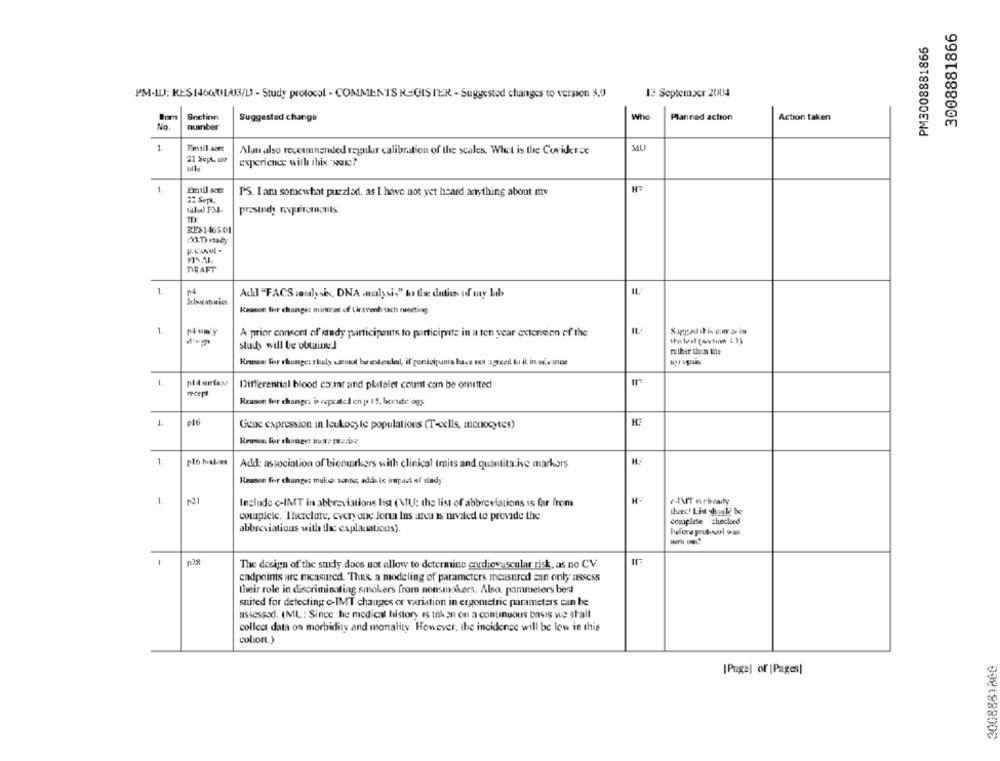
3008881866
PM3008881866
13 September 2004
PM-ILJ: RES146001/03/D - Study protocol - COMMENTS REGISTER - Suggested changes to version 3,0
Snctinn
Who
Suggested change
Planned action
Action taken
No.
number
1
Fmsif aset
Alan also receunended regular calibration of the scales. What is the Covidrac
MU
21 Sept, wo
uille
experience will this "som?
1
H
22 Sept,
PS. I am somewhat puezlad. as I have not yet heard anything about my
prstudy requirements
RES146501
03.D) stacy
DRAFT
IL.
1.
Adil "FACS saulysis, DNA alysis" by the duties of my Lab
Reason for change: minces of Cinavonbuch meeting
1.
Num'y
A prior consent of study participants to participate in a ten year extension of the
sluch will be obtained
Tether thin line
Rrasse For change: study sandd bo edeadded, if porticipunts hace ts IFeel tu il in aiemnoe
1.
Differential blood coumar and platelet count can be omitted
recept
Reason for change: is repeated en p> 15. lecruste ogy
1
el6
Gene expression in leukocyte populations (T-cells, monocytes)
Krana for change: nute precise
1.
Add: association of biomarkers with clinical trits and quantitative markers
Reason for changet make sense; adds to impact el study
1
p21
Include c-IMT in abbreviations list (MU: the list of abbreviations is far from
theec! List should be
couplele. Therefore, every-one Jonn Ins urca is nivaled to provide the
complete checked
abbreviations with the explanations).
Jefene prutovul was
n08
The design of the surdy does not allow to determine cardiovascular risk, as no CV
endpoints are measured. Thus, a modeling of parameters measured can only assess
their role in discriminating smokers from nonsmokers. Also. pammeters best
suited for detecting o-IMT changes or variation in ergometric parameters can be
assessad. (ML: Since the medical history is inkon on a continuous basis we shall
collect data on morbidity and monality However, the incidence will be low in this
colLorL.)
2008881866
[Page] of |Pages|